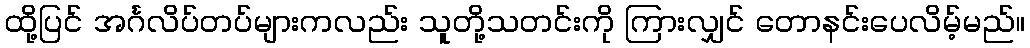
ထို့ပြင် အင်္ဂလိပ်တပ်များကလည်း သူတို့သတင်းကို ကြားလျှင် တောနင်းပေလိမ့်မည်။